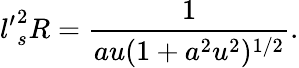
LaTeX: {l^{\prime}}_{s}^{2}R=\frac{1}{au(1+a^{2}u^{2})^{1/2}}.